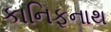
કાનિફનાથ